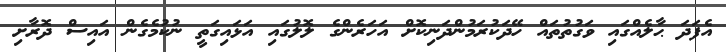
އެފަދަ ޙާލެއްގައި ވަގުތުތައް ހޭދަކުރަމުންދަނިކޮށް އަހަރެންގެ ލޮލުގައި އަޅައިގަތީ ނުކުމެގެން އައިސް ދޮރާށި